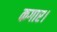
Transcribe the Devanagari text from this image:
कगार।